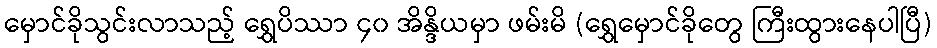
မှောင်ခိုသွင်းလာသည့် ရွှေပိဿာ ၄၀ အိန္ဒိယမှာ ဖမ်းမိ (ရွှေမှောင်ခိုတွေ ကြီးထွားနေပါပြီ)